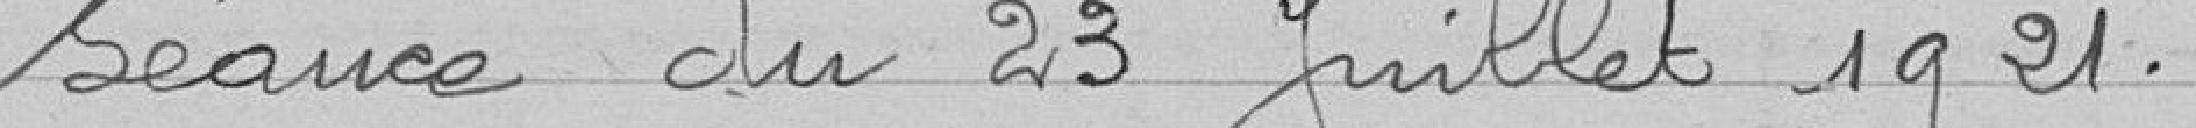
séance du 23 juillet 1921.